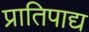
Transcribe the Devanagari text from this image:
प्रातिपाद्य